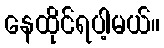
နေထိုင်ရပါ့မယ်။